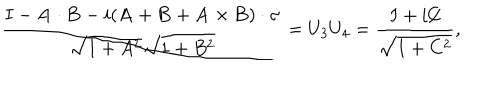
{ \frac { I - { \bf A } \cdot { \bf B } - i ( { \bf A } + { \bf B } + { \bf A } \times { \bf B } ) \cdot { \bf \sigma } } { \sqrt { 1 + A ^ { 2 } } \sqrt { 1 + B ^ { 2 } } } } = U _ { 3 } U _ { 4 } = { \frac { I + i { \not \! \! C } } { \sqrt { 1 + C ^ { 2 } } } } ,